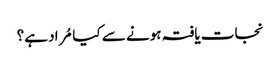
نجات یافتہ ہونے سے کیا مُراد ہے؟